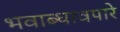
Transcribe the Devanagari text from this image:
भवाब्धावपारे